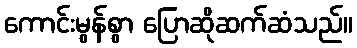
ကောင်းမွန်စွာ ပြောဆိုဆက်ဆံသည်။